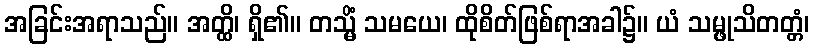
အခြင်းအရာသည်။ အတ္ထိ၊ ရှိ၏။ တသ္မိံ သမယေ၊ ထိုစိတ်ဖြစ်ရာအခါ၌။ ယံ သမ္ဖုသိတတ္တံ၊